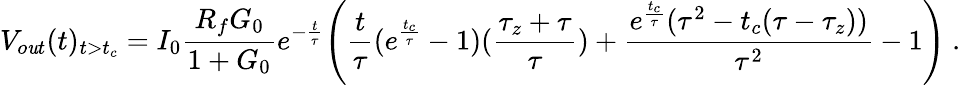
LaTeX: V_{o\mathit{u}t}(t)_{t>t_{c}}=I_{0}\frac{{R_{f}G_{0}}}{{1+G_{0}}}e^{-\frac{{t}}{{\tau}}}\Bigg(\frac{{t}}{{\tau}}(e^{\frac{{t_{c}}}{{\tau}}}-1)(\frac{{\tau_{z}+\tau}}{{\tau}})+\frac{{e^{\frac{{t_{c}}}{{\tau}}}(\tau^{2}-t_{c}(\tau-\tau_{z}))}}{{\tau^{2}}}-1\Bigg)~.